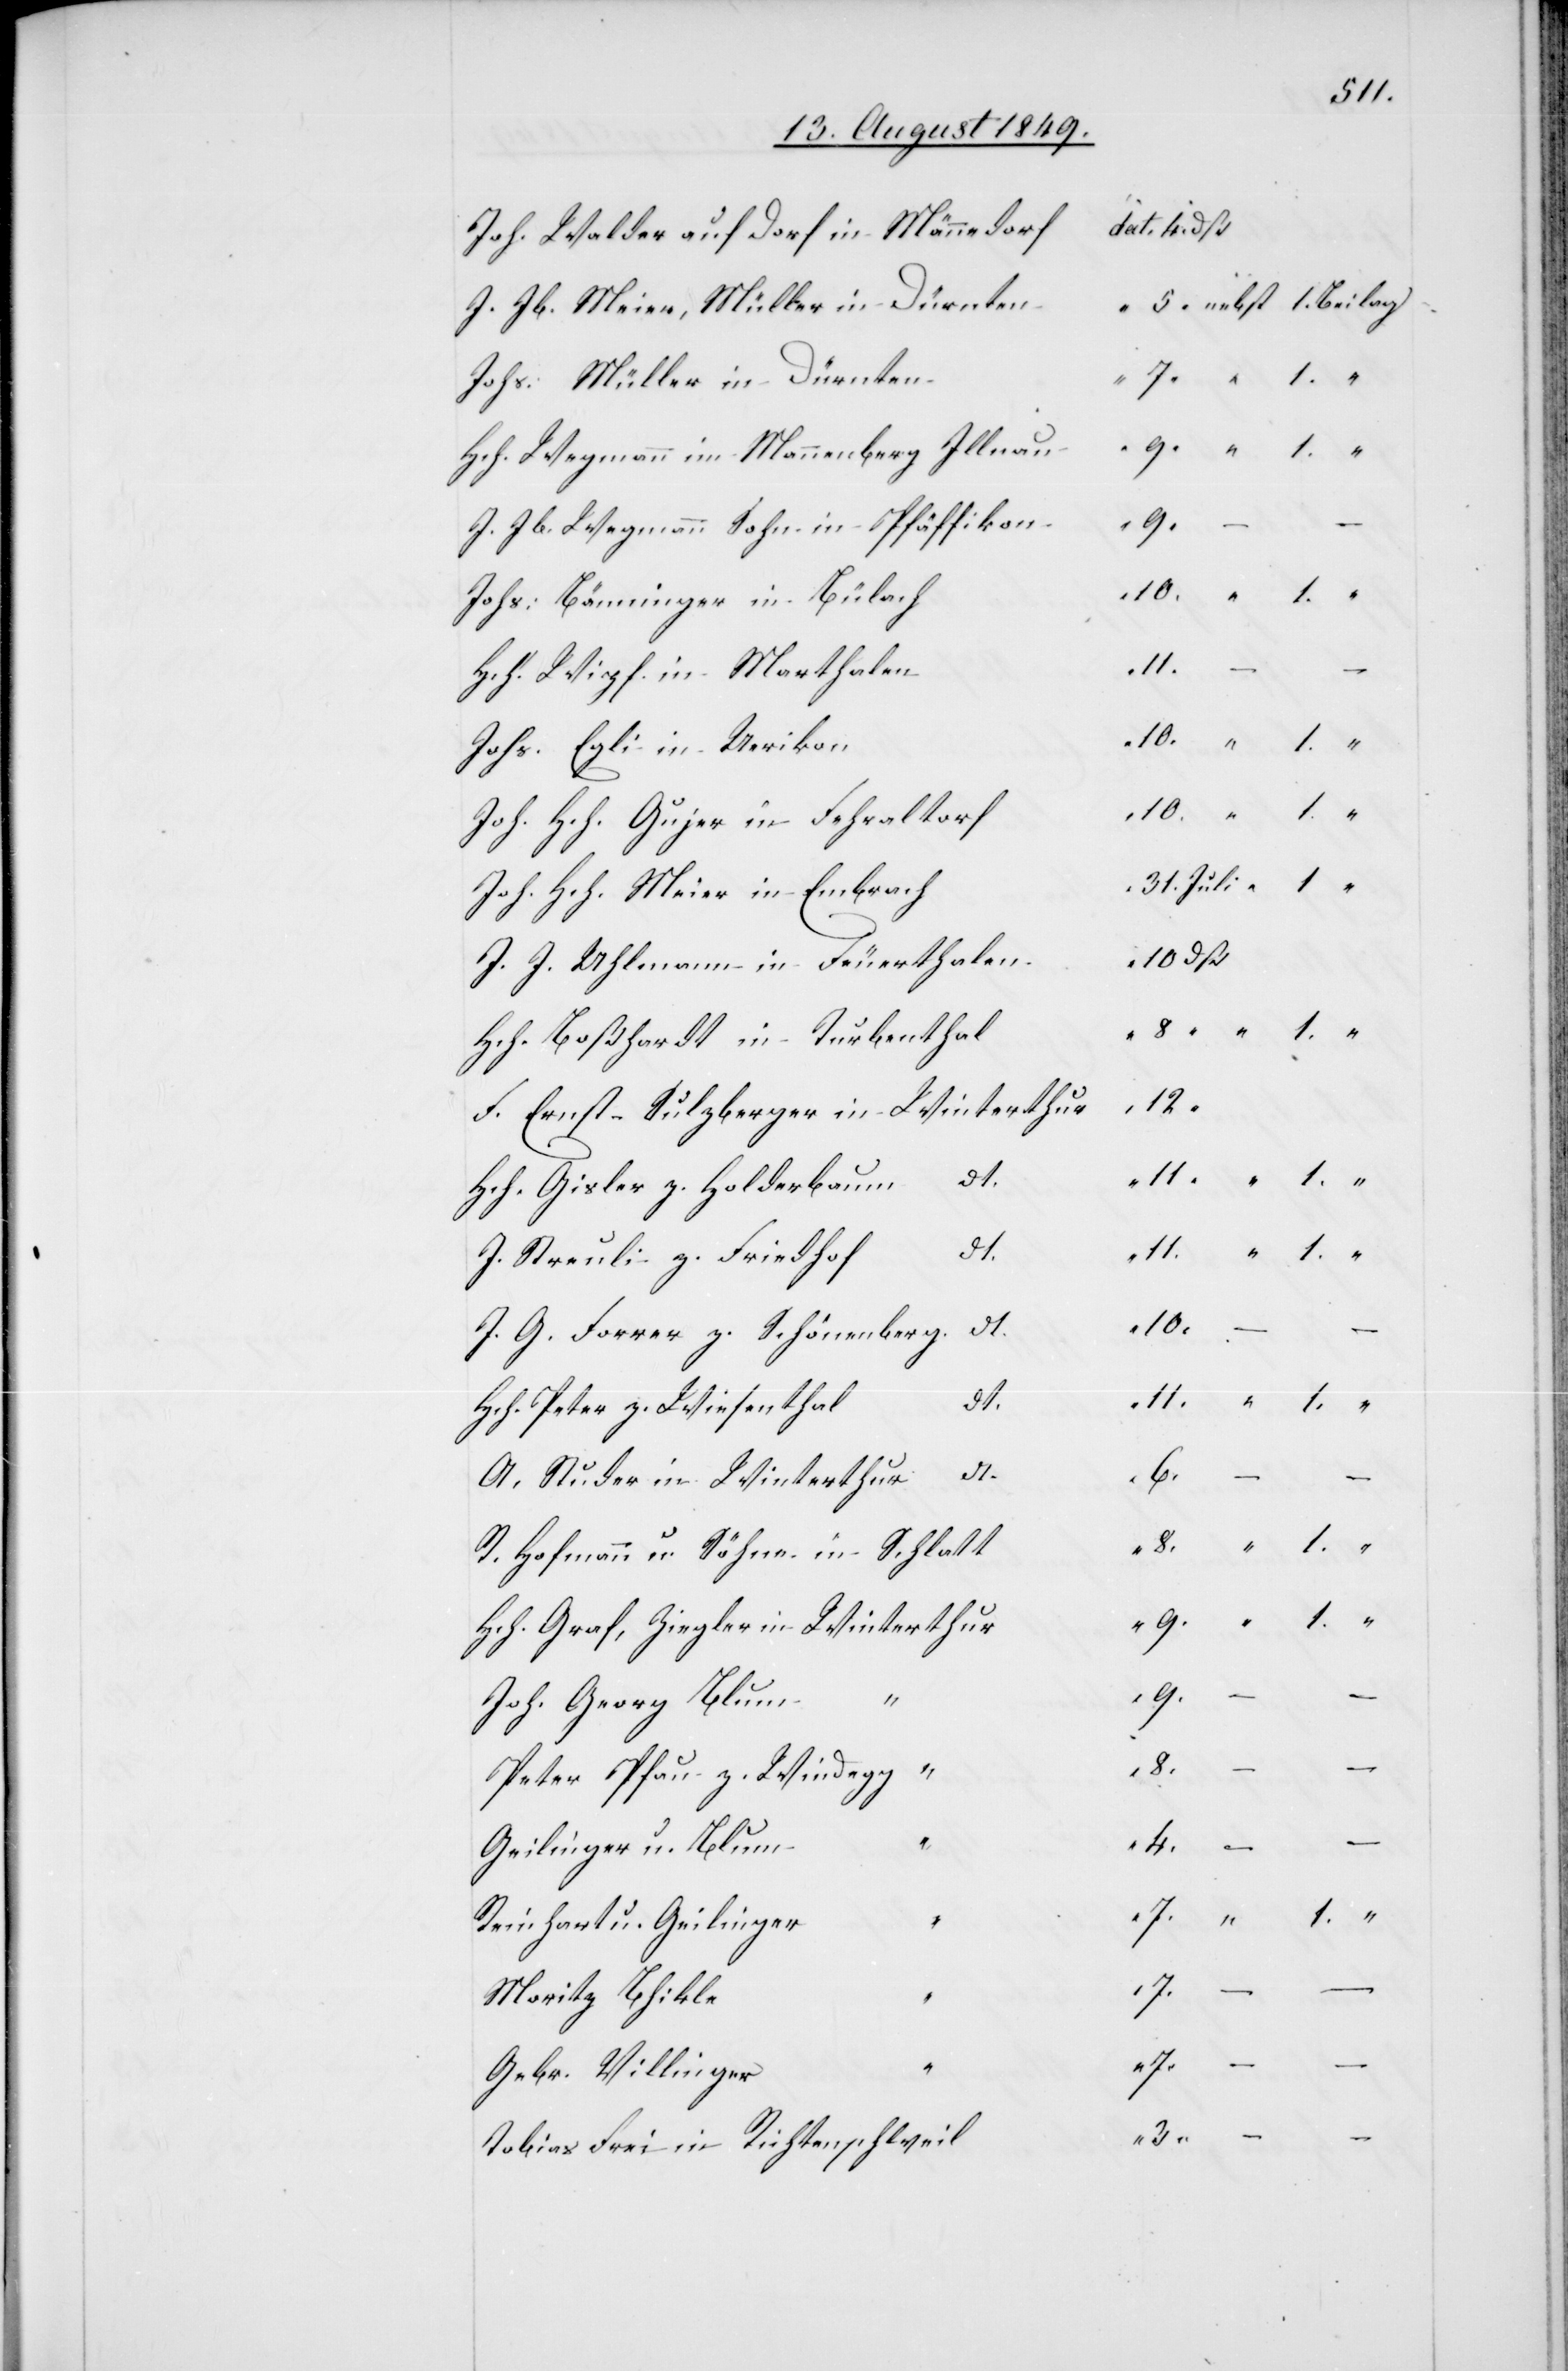
Joh. Walder auf Dorf in Männedorf
J. Jb. Meier, Müller in Dürnten
Johs. Müller in Dürnten
Hch. Wegmann im Mannenberg Illnau
J. Jb. Wegmann Sohn in Pfäffikon
Johs. Bänninger in Bülach
Hch. Wipf in Marthalen
Johs. Egli in Uerikon
Joh. Hch. Gujer in Fehraltorf
Joh. Hch. Meier in Embrach
J. J. Uhlmann in Feuerthalen
Hch. Boßhardt in Turbenthal
F. Ernst-Sulzberger in Winterthur
31.
Hch. Gisler z. Holderbaum
dt.
J. Streuli z. Friedhof
J. G. Forrer z. Schönenberg. dt.
Hch. Peter z. Wiesenthal
A. Studer in Winterthur
R. Hofmann u. Söhne in Schlatt
Hch. Graf, Ziegler in Winterthur
Joh. Georg Blum
Peter Pfau z. Windegg “
Geilinger u. Blum
“
Reinhart u. Geilinger
Moritz Bhikle
Gebr. Villinger
Tobias Frei in Richtenschweil

nebst
1.
“
10 dß
10.
–
–
6.
9.
3.
4.
–